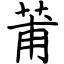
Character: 莆